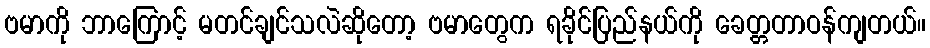
ဗမာကို ဘာကြောင့် မတင်ချင်သလဲဆိုတော့ ဗမာတွေက ရခိုင်ပြည်နယ်ကို ခေတ္တတာဝန်ကျတယ်။